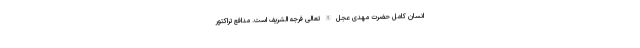
انسان کامل حضرت مهدی عجّل الله تعالی فرجه الشریف است. مدافع تراکتور